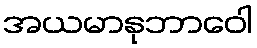
အယမာနုဘာဝေါ